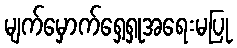
မျက်မှောက်ရှေ့ရှုအရေးမပြု